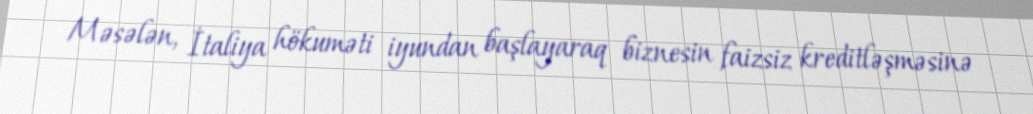
Məsələn, İtaliya hökuməti iyundan başlayaraq biznesin faizsiz kreditləşməsinə